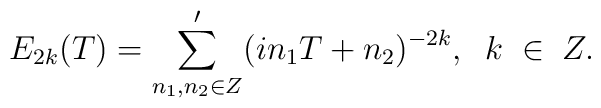
E_{2k}(T)= \sum_{n_1, n_2 \in Z}^{\prime}(in_1 T + n_2)^{-2k},\;\;k\;\in\;Z.